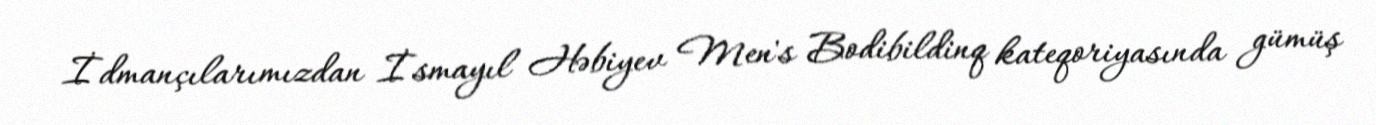
İdmançılarımızdan İsmayıl Həbiyev Men's Bodibildinq kateqoriyasında gümüş